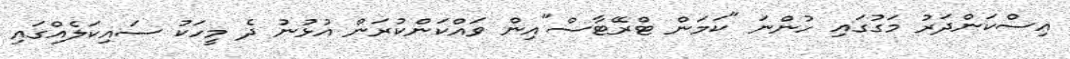
އިސްކަންދަރު މަގުގައި ހުންނަ "ކަމަން ޓްރޭޓާސް"އިން ވައްކަންކުރަން އުޅުނު ދެ މީހަކު ސައިކަލެއްގައި